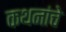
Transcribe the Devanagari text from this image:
कथनांचे